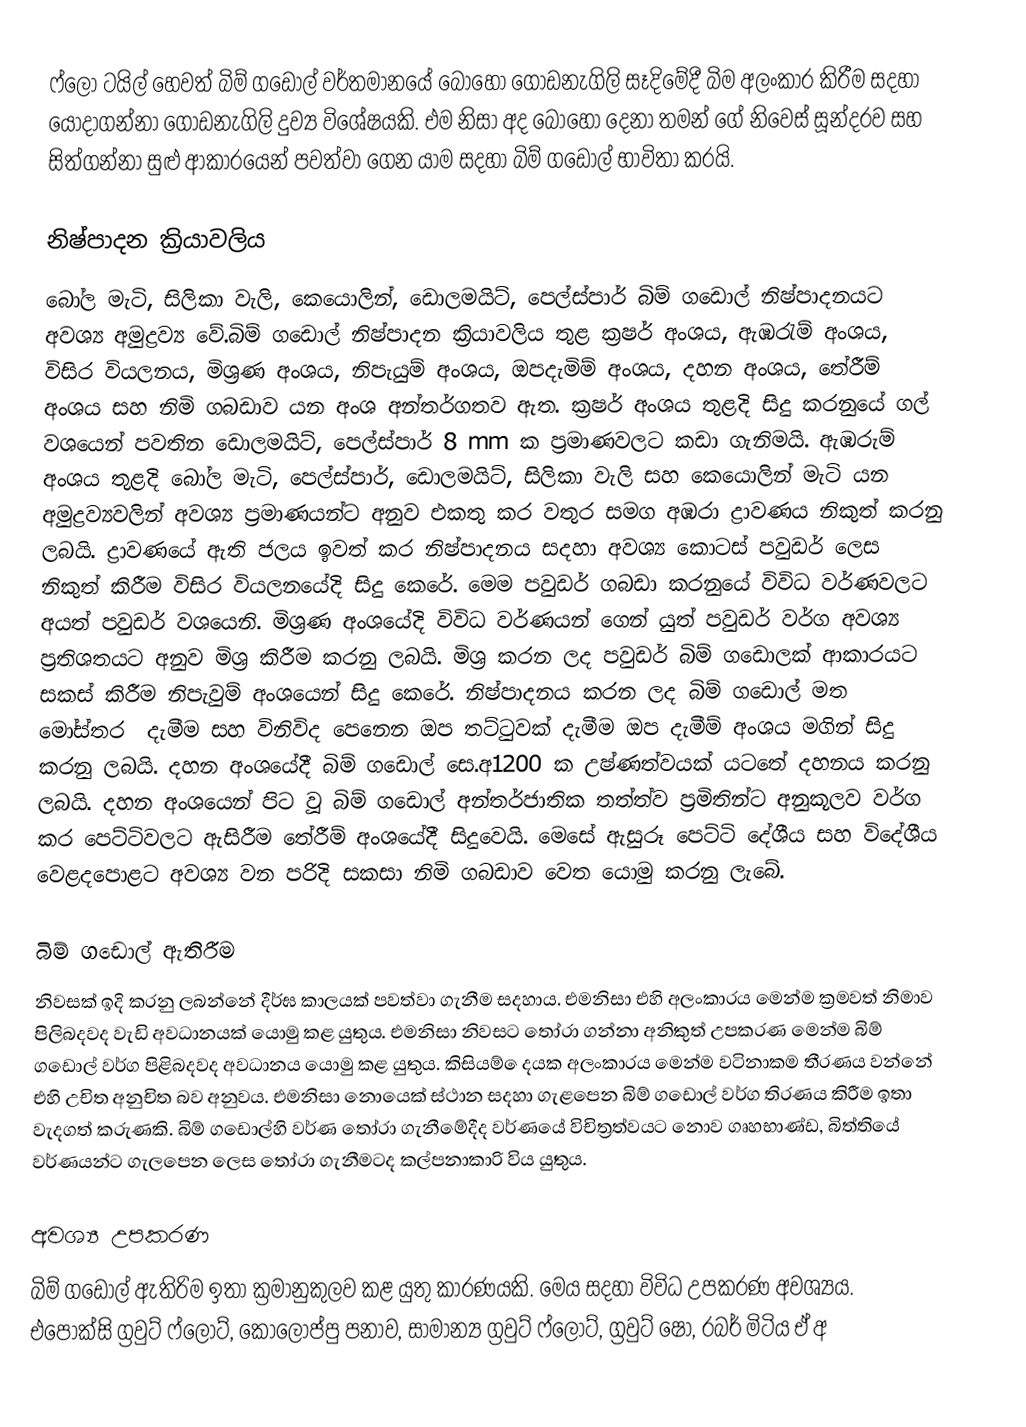
ෆ්ලෝ ටයිල් හෙවත් බිම් ගඩොල්   වර්තමාන‍යේ බො‍හෝ ගොඩනැගිලි සෑදි‍මේදී  බිම අලංකාර කිරීම සදහා යොදාගන්නා ගොඩනැගිලි දුව්‍ය වි‍ශේෂයකි. එම නිසා අද ‍‍‍‍‍බොහෝ දෙනා තමන්‍ ගේ නි‍‍‍‍‍වෙස්  සූන්දරව සහ සිත්ගන්න‍‍ා  සුළු ආකාර‍යෙන් පවත්වා‍‍ ‍‍‍‍‍ගෙන ‍‍යාම සදහා බිම් ගඩොල්  භා‍‍විතා කරයි.

නිෂ්පාදන ක්‍රියාවලිය
‍‍‍බෝල මැ‍‍ටි, සිලිකා වැලි‍‍,‍ කෙ‍යොලින්,  ඩොලමයිට්, පෙල්ස්පාර්  බිම් ගඩොල්  නිෂ්පාදනයට අවශ්‍ය අමුද්‍රව්‍ය ‍වේ.බිම් ගඩොල් නිෂ්පාදන ක්‍රියාවලිය තුළ ‍ක්‍රෂර් අංශය, ඇඹරැම් අංශය, විසිර වියලනය, මිශ්‍රණ අංශය, නිපැයුම් අංශය, ඔපදැමිම් අංශය, දහන අංශය, ‍තේරීම් අංශය සහ නිමි ගබඩාව යන අංශ අන්තර්ගතව ඇත. ක්‍රෂර් අංශය  තුළදි  සිදු කරනු‍‍යේ ගල් වශ‍යෙන් පවතින ‍ඩොලමයිට්, පෙල්ස්පාර්  8 mm ක ප්‍රමාණවලට කඩා ගැනිමයි. ඇඹරුම් අංශය තුළදි බෝල මැ‍‍ටි, පෙල්ස්පාර්,‍ ඩොලමයිට්, සිලිකා වැලි සහ කෙ‍යොලින් මැටි යන අමුද්‍රව්‍යවලින් අවශ්‍ය ප්‍රමාණයන්ට‍ අනුව එකතු කර වතුර සමග අඹරා ද්‍රාවණය නිකුත් කරනු ලබයි. ද්‍රාවණ‍යේ ඇති ජලය ඉවත් කර නිෂ්පාදනය සදහා අවශ්‍ය  ‍‍කොටස් පවුඩර් ‍‍ලෙස නිකුත් කිරීම විසිර වියලන‍යේදි සිදු කෙ‍රේ. මෙම පවුඩර් ගබඩා ‍කරනුයේ  විවිධ වර්ණවලට අයත් පවුඩර් වශ‍යෙනි. මිශ්‍රණ අංශ‍යේදි  විවිධ වර්ණයන්‍ ගෙන් යුත් පවුඩර් වර්ග  අවශ්‍ය ප්‍රතිශතයට අනුව මිශ්‍ර කිරීම කරනු ලබයි. මිශ්‍ර කරන ලද පවුඩර් බිම් ගඩොලක් ආකාරයට සකස් කිරීම  නිපැවුම් අංශ‍යෙන් සිදු ‍කෙරේ. නිෂ්පාදනය කරන ලද බිම් ග‍ඩොල් මත මෝස්තර ‍ දැමීම සහ විනිවිද ‍‍පෙ‍නෙන ඔප තට්ටුවක් දැමීම ඔප දැමීම් අංශය මගින් සිදු කරනු ලබයි. දහන අංශ‍යේදී බිම් ග‍ඩොල් සෙ.අ1200 ක උෂ්ණත්වයක් යට‍තේ දහනය කරනු  ලබයි. දහන අංශ‍යෙන් පිට වූ බිම් ග‍ඩොල් අන්තර්ජාතික තත්ත්ව ප්‍රමිතින්ට අනුකූලව වර්ග කර පෙට්ටිවලට  ඇසිරීම තේරීම් අංශ‍යේදී සිදු‍වෙයි. මෙසේ ඇසුරූ පෙට්ටි දේශීය සහ වි‍දේශීය ‍‍වෙළදපොළට අවශ්‍ය වන පරිදි සකසා නිමි ගබඩාව ‍‍‍වෙත යොමු කරනු ලැ‍බේ.

බිම් ගඩොල්  ඇතිරීම
නිවසක් ඉදි කරනු ලබන්නේ දීර්ඝ කාලයක් පවත්වා ගැනීම සදහාය. එමනිසා එහි අලංකාරය ‍මෙන්ම ක්‍රමවත් නිමාව පිලිබදවද වැඩි අවධානයක් ‍‍‍යොමු  කළ යුතුය. එමනිසා නිවසට ‍‍තෝරා ගන්නා අනිකුත් උපකරණ මෙන්ම බිම් ගඩොල් වර්ග පිළිබදවද අවධානය ‍‍‍යොමු  කළ යුතුය. කිසියම් ‍ෙදයක  අලංකාරය ‍‍‍මෙන්ම වටිනාකම  තීරණය වන්නේ එහි උචිත අනුචිත බව අනුවය. එමනිසා  ‍‍නොයෙක් ස්ථාන සදහා ගැළපෙන බිම් ගඩොල් වර්ග තිරණය කිරීම ඉතා වැදගත් කරුණකි. බිම් ගඩොල්හි වර්ණ ‍තෝරා ගැනීමේදීද වර්ණ‍යේ විචිත්‍රත්වයට නොව ගෘහභාණ්ඩ, බිත්ති‍යේ වර්ණයන්ට  ගැල‍පෙන ලෙස  තෝරා ‍ගැනීමටද කල්පනාකාරි විය යුතුය.

අවශ්‍ය උපකරණ
බිම් ගඩොල්  ඇතිරිම  ඉතා ක්‍රමානුකුලව කළ යුතු කාරණයකි. මෙය සදහා විවිධ උපකරණ අවශ්‍යය. එ‍පොක්සි ග්‍රවු‍ට් ෆ්ලෝට්, කොලොප්පු ‍පනාව, සාමාන්‍ය ග්‍රවු‍ට් ෆ්ලෝට්, ග්‍රවු‍ට් ෂෝ, රබර් මිටිය ඒ අ